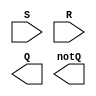
module sr_latch(
    input S,
    input R,
    output Q,
    output notQ
);

wire nS, nR;

assign nS = ~S;
assign nR = ~R;

nor gate1 (nS, Q, notQ);
nor gate2 (nR, notQ, Q);

endmodule